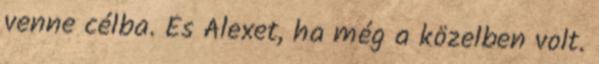
venne célba. És Alexet, ha még a közelben volt.